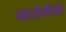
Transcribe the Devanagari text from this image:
नारडेलीऔर